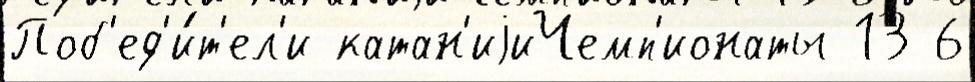
Поб'ед'и́т'ел'и катан'иjиЧемп'ионаты 13 6